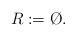
LaTeX: \begin{align*}R:=\O.\end{align*}